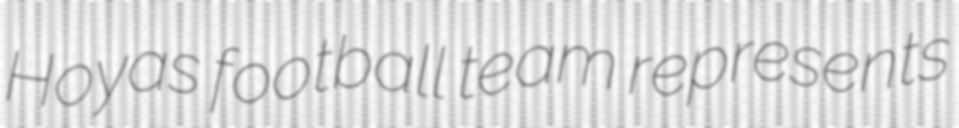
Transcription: Hoyas football team represents